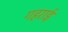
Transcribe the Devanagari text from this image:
गहरार्इ